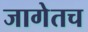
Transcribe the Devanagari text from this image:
जागेतच